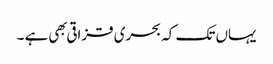
یہاں تک کہ بحری قزاقی بهی ہے ۔